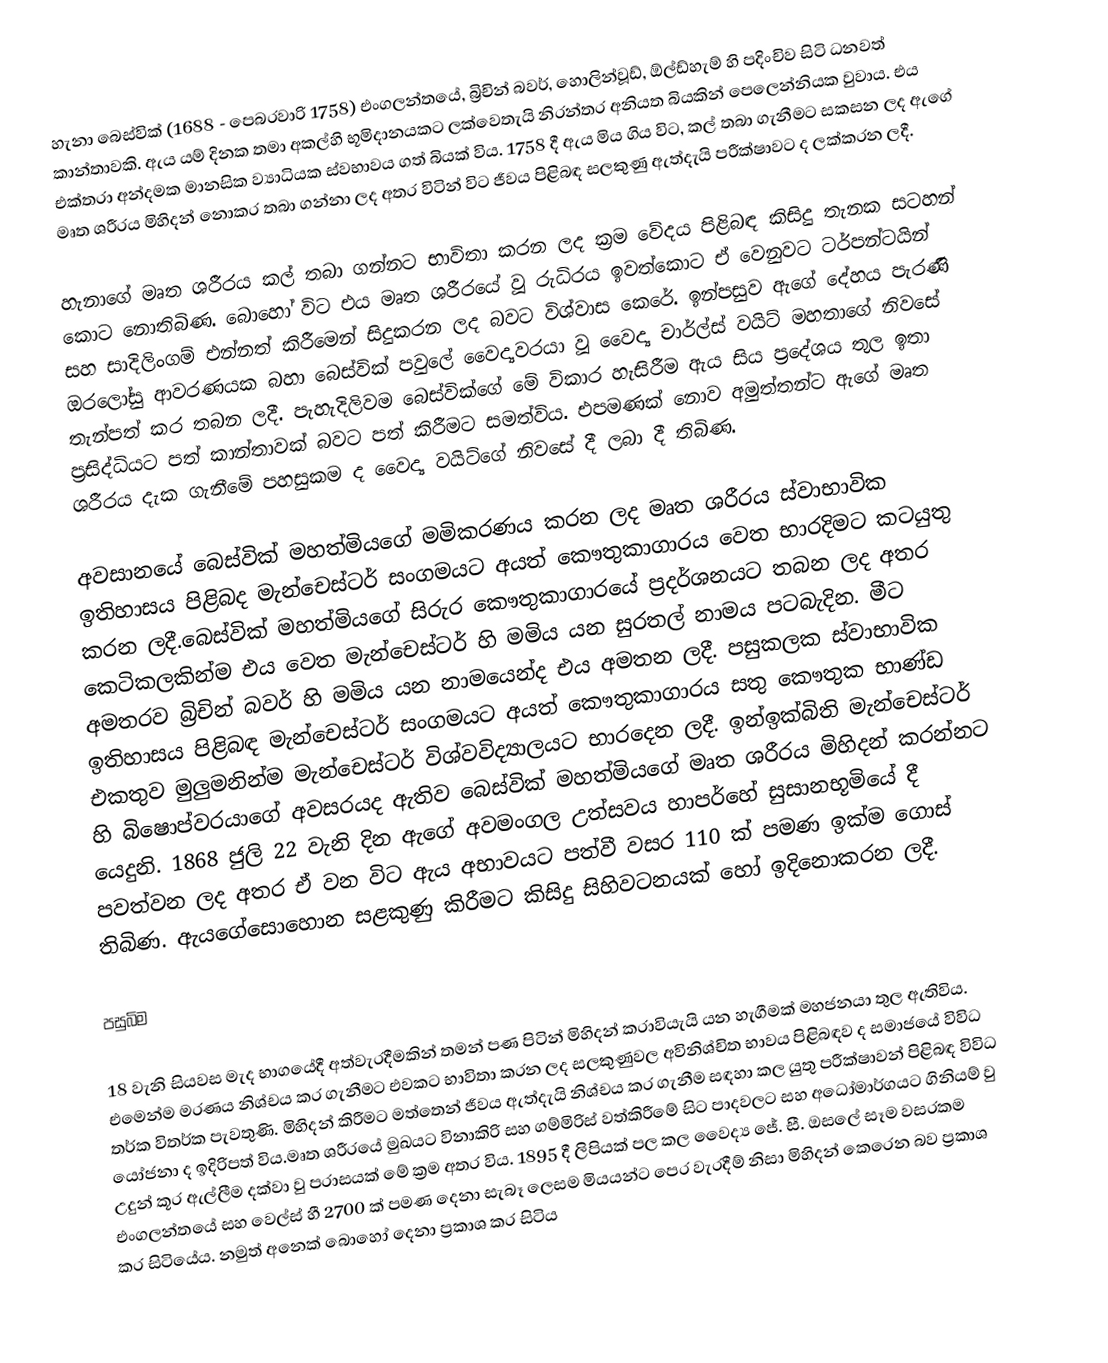
හැනා බෙස්වික් (1688 - පෙබරවාරි 1758)  එංගලන්තයේ, බ්‍රිචින් බවර්, හොලින්වූඩ්, ඕල්ඩ්හැම් හි පදිංචිව සිටි ධනවත් කාන්තාවකි. ඇය යම් දිනක තමා අකල්හි භූමිදානයකට ලක්වෙතැයි නිරන්තර අනියත බියකින් පෙලෙන්නියක වුවාය. එය එක්තරා අන්දමක මානසික ව්‍යාධියක ස්වභාවය ගත් බියක් විය. 1758 දී ඇය මිය ගිය විට, කල් තබා ගැනීමට සකසන ලද ඇගේ මෘත ශරීරය මිහිදන් නොකර තබා ගන්නා ලද අතර විටින් විට ජීවය පිළිබඳ සලකුණු ඇත්දැයි පරීක්ෂාවට ද ලක්කරන ලදී.

හැනාගේ මෘත ශරීරය කල් තබා ගන්නට භාවිතා කරන ලද ක්‍රම වේදය පිළිබඳ කිසිදු තැනක සටහන් කොට නොතිබිණ. බොහෝ විට එය මෘත ශරීරයේ වූ රුධිරය ඉවත්කොට ඒ වෙනුවට ටර්පන්ටයින්  සහ සාදිලිංගම් එන්නත් කිරීමෙන් සිදුකරන ලද බවට විශ්වාස කෙරේ. ඉන්පසුව ඇගේ දේහය පැරණි ඔරලෝසු ආවරණයක බහා බෙස්වික් පවුලේ වෛද්‍යවරයා වූ වෛද්‍ය චාර්ල්ස් වයිට් මහතාගේ නිවසේ තැන්පත් කර තබන ලදී. පැහැදිලිවම බෙස්වික්ගේ මේ විකාර හැසිරීම ඇය සිය ප්‍රදේශය තුල ඉතා ප්‍රසිද්ධියට පත් කාන්තාවක් බවට පත් කිරීමට සමත්විය. එපමණක් නොව අමුත්තන්ට ඇගේ මෘත ශරීරය දැක ගැනීමේ පහසුකම ද වෛද්‍ය වයිට්ගේ නිවසේ දී ලබා දී තිබිණ.

අවසානයේ බෙස්වික් මහත්මියගේ මමිකරණය කරන ලද මෘත ශරීරය ස්වාභාවික ඉතිහාසය පිළිබද මැන්චෙස්ටර් සංගමයට අයත් කෞතුකාගාරය වෙත භාරදිමට කටයුතු කරන ලදී.බෙස්වික් මහත්මියගේ සිරුර කෞතුකාගාරයේ ප්‍රදර්ශනයට තබන ලද අතර කෙටිකලකින්ම එය වෙත මැන්චෙස්ටර් හි මමිය යන සුරතල් නාමය පටබැදින. මීට අමතරව බ්‍රිචින් බවර් හි මමිය යන නාමයෙන්ද එය අමතන ලදී. පසුකලක ස්වාභාවික ඉතිහාසය පිළිබඳ මැන්චෙස්ටර් සංගමයට අයත් කෞතුකාගාරය සතු කෞතුක භාණ්ඩ එකතුව මුලුමනින්ම මැන්චෙස්ටර් විශ්වවිද්‍යාලයට භාරදෙන ලදී. ඉන්ඉක්බිති මැන්චෙස්ටර් හි බිෂොප්වරයාගේ අවසරයද ඇතිව බෙස්වික් මහත්මියගේ මෘත ශරීරය මිහිදන් කරන්නට යෙදුනි. 1868 ජුලි 22 වැනි දින ඇගේ අවමංගල උත්සවය හාපර්හේ සුසානභූමියේ දී පවත්වන ලද අතර ඒ වන විට ඇය අභාවයට පත්වී වසර 110 ක් පමණ ඉක්ම ගොස්  තිබිණ. ඇයගේසොහොන සළකුණු කිරීමට කිසිදු සිහිවටනයක් හෝ ඉදිනොකරන ලදී.

පසුබිම

18 වැනි සියවස මැද භාගයේදී අත්වැරදීමකින් තමන් පණ පිටින් මිහිදන් කරාවියැයි යන හැගීමක් මහජනයා තුල ඇතිවිය. එමෙන්ම මරණය නිශ්චය කර ගැනීමට එවකට භාවිතා කරන ලද සලකුණුවල අවිනිශ්චිත භාවය පිළිබඳව ද සමාජයේ විවිධ තර්ක විතර්ක පැවතුණි. මිහිදන් කිරීමට මත්තෙන් ජීවය ඇත්දැයි නිශ්චය කර ගැනීම සඳහා කල යුතු පරීක්ෂාවන් පිළිබඳ විවිධ යෝජනා ද ඉදිරිපත් විය.මෘත ශරීරයේ මුඛයට විනාකිරි සහ ගම්මිරිස් වත්කිරීමේ සිට පාදවලට සහ අධෝමාර්ගයට ගිනියම් වු උදුන් කූර ඇල්ලීම දක්වා වු පරාසයක් මේ ක්‍රම අතර විය. 1895 දී ලිපියක් පල කල වෛද්‍ය ජේ. සී. ඔසලේ සෑම වසරකම එංගලන්තයේ සහ වෙල්ස් හී 2700 ක් පමණ දෙනා සැබෑ ලෙසම මියයන්ට පෙර වැරදීම් නිසා මිහිදන් කෙරෙන බව ප්‍රකාශ කර සිටියේය. නමුත් අනෙක් බොහෝ දෙනා ප්‍රකාශ කර සිටිය